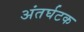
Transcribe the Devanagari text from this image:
अंतर्घटक